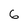
Character: 6